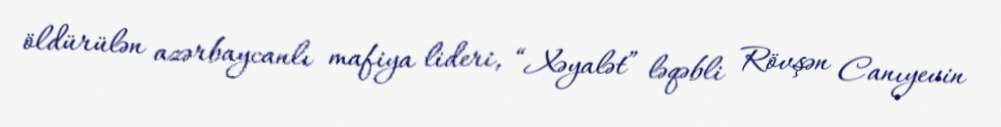
öldürülən azərbaycanlı mafiya lideri, “Xəyalət” ləqəbli Rövşən Canıyevin